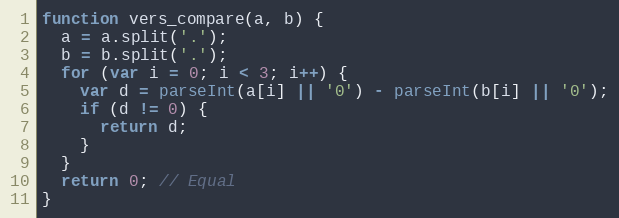
Language: JavaScript
function vers_compare(a, b) {
  a = a.split('.');
  b = b.split('.');
  for (var i = 0; i < 3; i++) {
    var d = parseInt(a[i] || '0') - parseInt(b[i] || '0');
    if (d != 0) {
      return d;
    }
  }
  return 0; // Equal
}